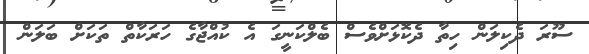
ސޫރަ ދެކިލަން ހިތާ ދެކޮޅަށްވެސް ބެލްކަނީގަ އެ ކުއްޖާގެ ހަރަކާތް ތަކަށް ބަލަން